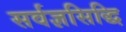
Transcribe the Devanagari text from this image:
सर्वज्ञसिद्धि